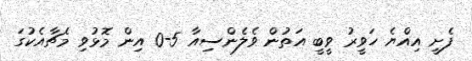
ފެށީ އިއްޔެ ހަވީރު ވީބީ އަތުން ވެލެންސިއާ 5-0 އިން މޮޅުވި މެޗާއެކުގަ